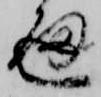
通